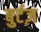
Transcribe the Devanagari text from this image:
बुर्टज़